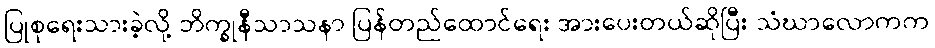
ပြုစုရေးသားခဲ့လို့ ဘိက္ခုနီသာသနာ ပြန်တည်ထောင်ရေး အားပေးတယ်ဆိုပြီး သံဃာလောကက